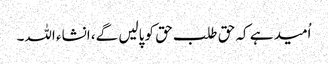
اُمید ہے کہ حق طلب حق کو پالیں گے، انشاء اللہ۔